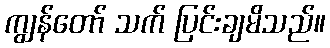
ကျွန်တော် သက် ပြင်းချမိသည်။